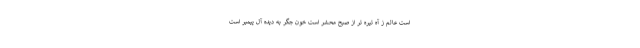
است عالم ز آه تیره تر از صبح محشر است خون جگر به دیده آل پیمبر است